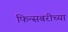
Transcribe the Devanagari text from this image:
फिन्सबरीच्या